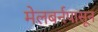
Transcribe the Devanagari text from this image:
मेलबर्नपासून